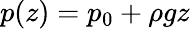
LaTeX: p(z)=p_{0}+\rho gz